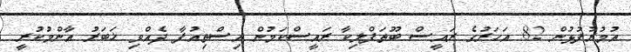
އުމުރުފުޅުން 82 އަހަރުގެ ރައީސް ބޫތަފްލިކާ ރައީސްކަމުން އިސްތިއުފާ ދެއްވި ޚަބަރު އާންމުކުރީ